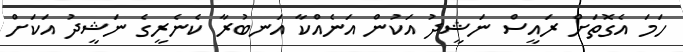
ހަމަ އެގޮތަށް ރައީސް ނަޝީދު އަކުން އަނެއްކާ އަނބުރާ ކެނެރީގެ ނަޝީދު އަކަށް